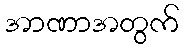
အာဏာအတွက်